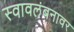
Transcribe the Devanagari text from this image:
स्वावलंबनावर